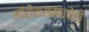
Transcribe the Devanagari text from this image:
मॉरीशसमध्येही